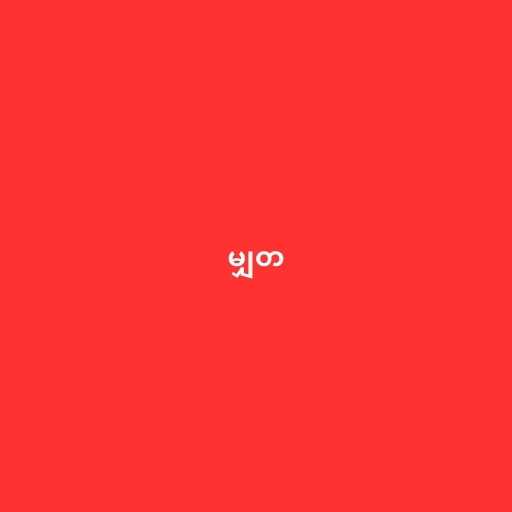
မျှတ